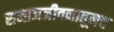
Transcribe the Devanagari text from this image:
समाजजीवनातूनच